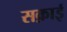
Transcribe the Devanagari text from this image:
सक़ाई